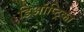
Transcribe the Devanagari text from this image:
डिऑप्ट्रिका